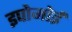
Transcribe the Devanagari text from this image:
इपोमोई